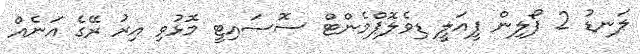
ލަނޑު 2 ފޯލިން ފީއަލީ ޑިވެލޮޕްމެންޓް ސޮސައިޓީ މޮޅުވި އިރު ރޭގެ އަނެއް